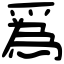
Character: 𤔡